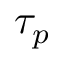
\tau _ { p }